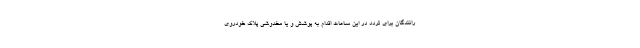
رانندگان برای تردد در این ساعات اقدام به پوشش و یا مخدوشی پلاک خودروی